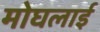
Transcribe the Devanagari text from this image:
मोघलाई